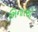
ભિનારથી